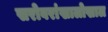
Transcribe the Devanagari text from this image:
सरोवरांखालोखाल